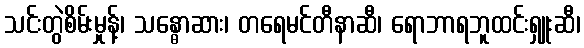
သင်းတွဲစိမ်းမှုန့်၊ သန္ဓောဆား၊ တရေမင်တီနာဆီ၊ ရောဘာရဘူထင်းရှူးဆီ၊